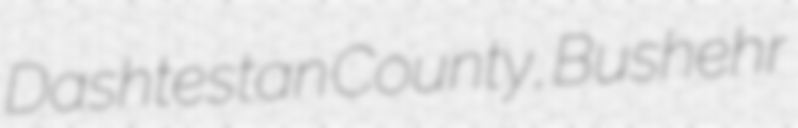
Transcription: Dashtestan County, Bushehr